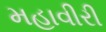
મહાવીરી